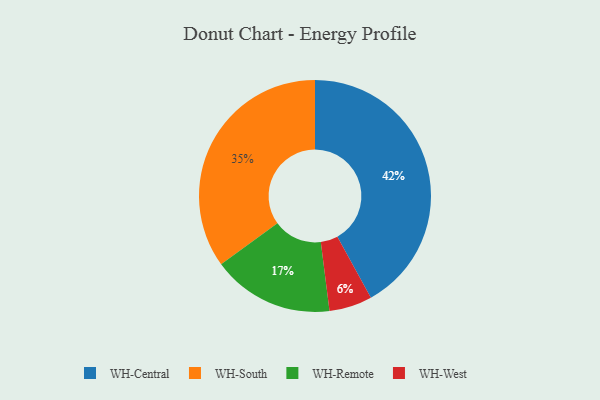
{"axis": {"x": "Category", "y": "Percentage"}, "legend": ["WH-Central", "WH-Remote", "WH-South", "WH-West"], "data": [{"x": "WH-Central", "y": 42, "type": "WH-Central"}, {"x": "WH-South", "y": 35, "type": "WH-South"}, {"x": "WH-West", "y": 6, "type": "WH-West"}, {"x": "WH-Remote", "y": 17, "type": "WH-Remote"}]}